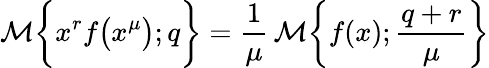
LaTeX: {\cal M}\bigg\{ x^{r}f\big(x^{\mu}\big);q\bigg\} =\frac{1}{\mu}\, {\cal M}\bigg\{ f(x);{\frac{q+r}{\mu}}\bigg\}